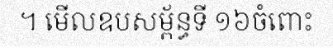
។ មើលឧបសម្ព័ន្ធទី ១៦ចំពោះ